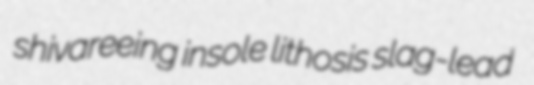
shivareeing insole lithosis slag-lead